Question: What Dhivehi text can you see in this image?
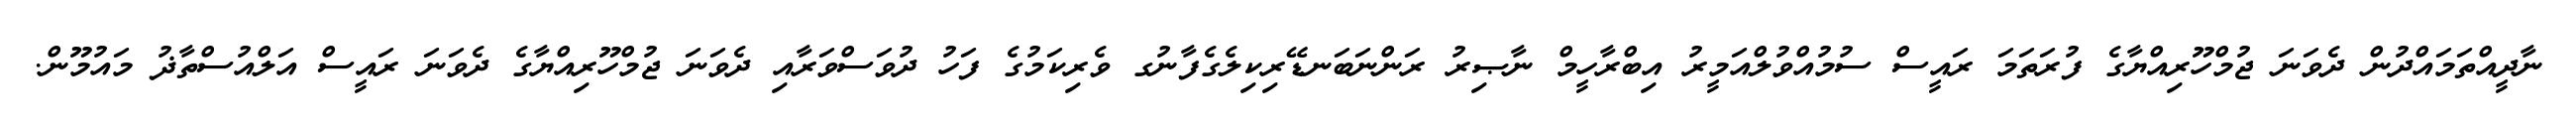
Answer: ނާދީއްތަމައްދުން ދެވަނަ ޖުމްހޫރިއްޔާގެ ފުރަތަމަ ރައީސް ސުމުއްވުލްއަމީރު އިބްރާހީމް ނާޞިރު ރަންނަބަނޑޭރިކިލެގެފާނުގ ވެރިކަމުގެ ފަހު ދުވަސްވަރާއި ދެވަނަ ޖުމްހޫރިއްޔާގެ ދެވަނަ ރައީސް އަލްއުސްތާޛު މައުމޫން.